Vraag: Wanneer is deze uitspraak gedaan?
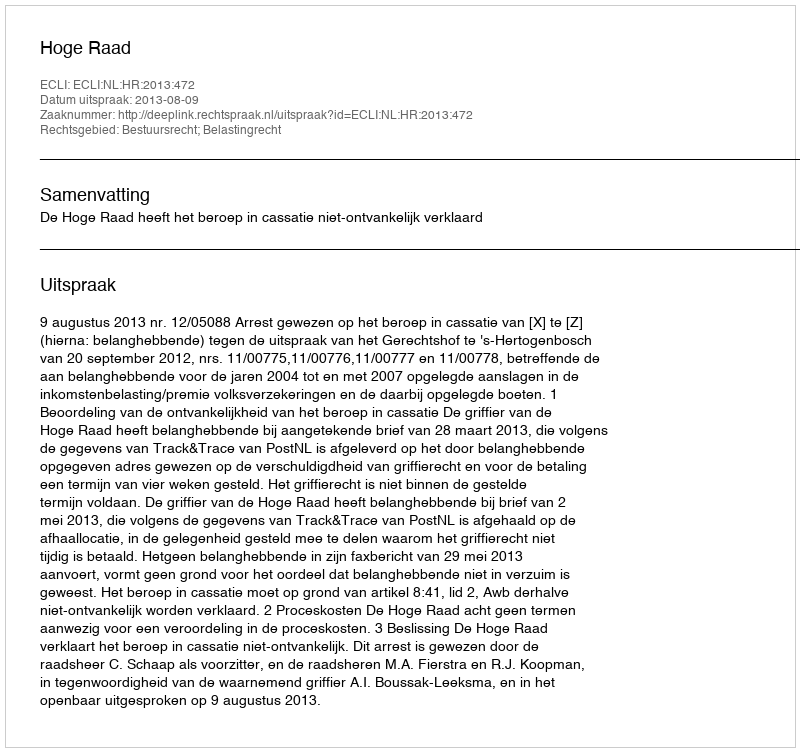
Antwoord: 2013-08-09